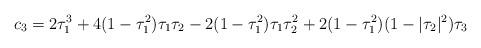
LaTeX: \begin{align*}c_3= 2\tau^3_1 + 4(1 -\tau^2_1)\tau_1\tau_2 - 2(1 - \tau^2_1)\tau_1\tau^2_2 + 2(1 - \tau^2_1)(1 - |\tau_2|^2)\tau_3\end{align*}